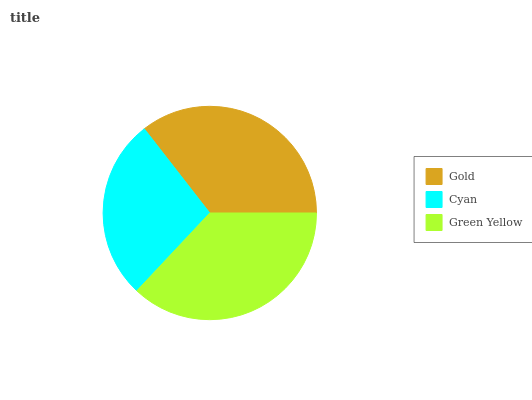
| Gold | Cyan | Green Yellow |
 | --- | --- | --- |
 | 35.5% | 27.5% | 36.9% |